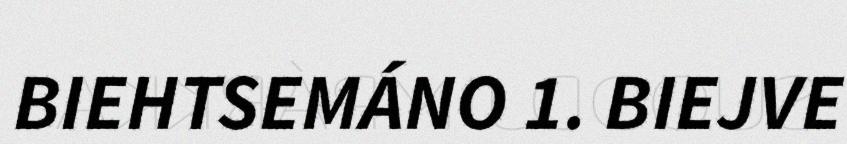
BIEHTSEMÁNO 1. BIEJVE